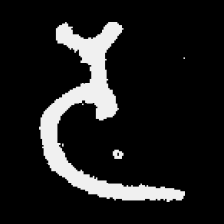
Pyu character \u2014 Myanmar letter: ဒ (romanized: da)